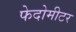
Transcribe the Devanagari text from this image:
फेदोमीटर